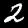
Label: 2